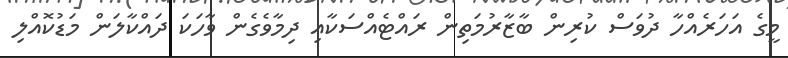
މީގެ އަހަރެއްހާ ދުވަސް ކުރިން ބާޒާރުމަތިން ރައްޓެއްސަކާއި ދިމާވެގެން ވާހަކަ ދައްކާލަން މަޑުކޮއްލި